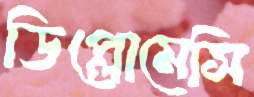
ডিপ্লোমেসি